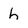
Character: h